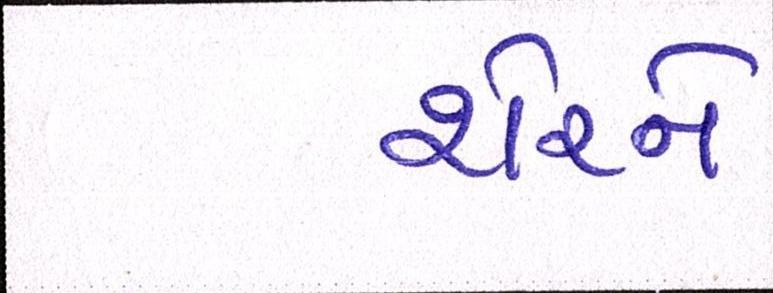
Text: શેરને